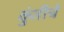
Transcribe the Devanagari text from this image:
कुंतीचे